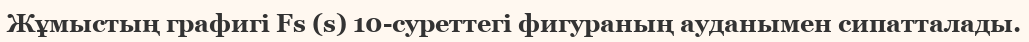
Жұмыстың графигі Fs (s) 10-суреттегі фигураның ауданымен сипатталады.